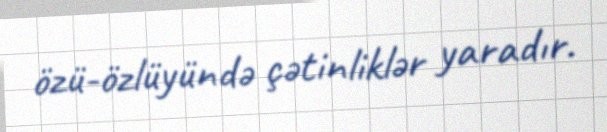
özü-özlüyündə çətinliklər yaradır.